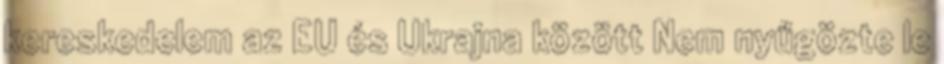
kereskedelem az EU és Ukrajna között Nem nyűgözte le